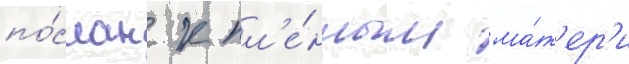
по́слан к пл'е́нным ма́т'ер'и